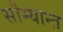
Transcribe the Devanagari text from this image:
सौम्यान्त